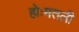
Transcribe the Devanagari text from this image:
होःमतली